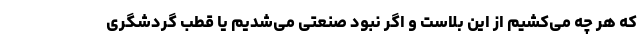
که هر چه می‌کشیم از این بلاست و اگر نبود صنعتی می‌شدیم یا قطب گردشگری